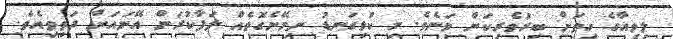
ލިވިއާގެ ހިތަށް ބިރުވެރިކަން ވަނެވެ. މި ކުޅިގަނޑު ނިމޭނެގޮތެއް ލަފާކުރަން އޭނައަށް ދަތިވިއެވެ.